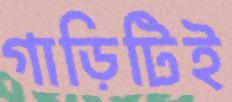
গাড়িটিই